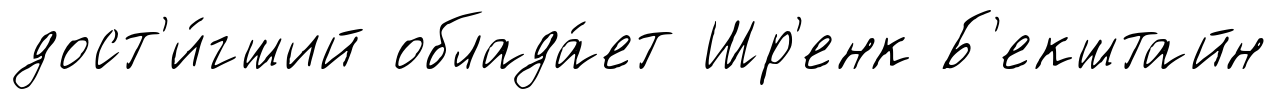
дост'и́гший облада́ет Шр'енк Б'екштайн